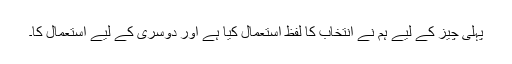
پہلی چیز کے لیے ہم نے انتخاب کا لفظ استعمال کیا ہے اور دوسری کے لیے استعمال کا۔